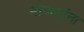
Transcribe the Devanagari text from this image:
मोजतांना